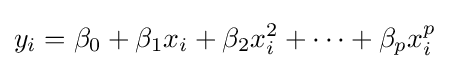
y_{i}=\beta _{0}+\beta _{1}x_{i}+\beta _{2}x_{i}^{2}+\cdots +\beta _{p}x_{i}^{p}